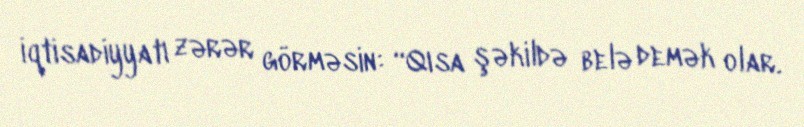
iqtisadiyyatı zərər görməsin: “Qısa şəkildə belə demək olar.